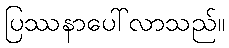
ပြဿနာပေါ်လာသည်။